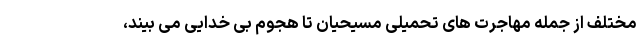
مختلف از جمله مهاجرت های تحمیلی مسیحیان تا هجوم بی خدایی می بیند،